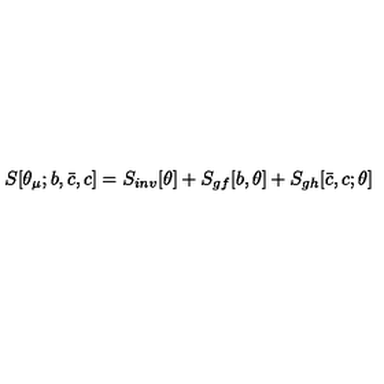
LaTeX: S [ \theta _ { \mu } ; b , { \bar { c } } , c ] = S _ { i n v } [ \theta ] + S _ { g f } [ b , \theta ] + S _ { g h } [ { \bar { c } } , c ; \theta ]